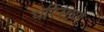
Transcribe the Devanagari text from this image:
परिसाण